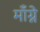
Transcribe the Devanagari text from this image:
माँग्ने